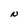
Character: N